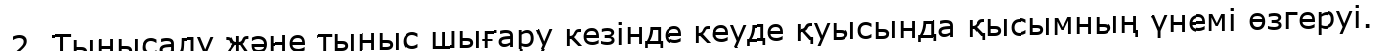
2. Тынысалу және тыныс шығару кезінде кеуде қуысында қысымның үнемі өзгеруі.